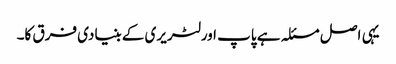
یہی اصل مسئلہ ہے پاپ اور لٹریری کے بنیادی فرق کا۔